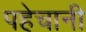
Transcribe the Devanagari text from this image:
पहेचानी